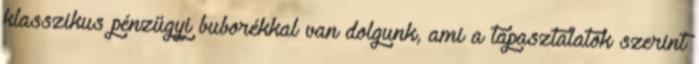
klasszikus pénzügyi buborékkal van dolgunk, ami a tapasztalatok szerint